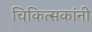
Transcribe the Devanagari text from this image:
चिकित्सकांनी